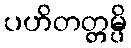
ပဟိတတ္တမ္ပိ